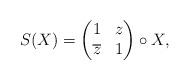
LaTeX: \begin{align*}S(X) =\begin{pmatrix}1 & z \\ \overline{z} & 1\end{pmatrix} \circ X,\end{align*}